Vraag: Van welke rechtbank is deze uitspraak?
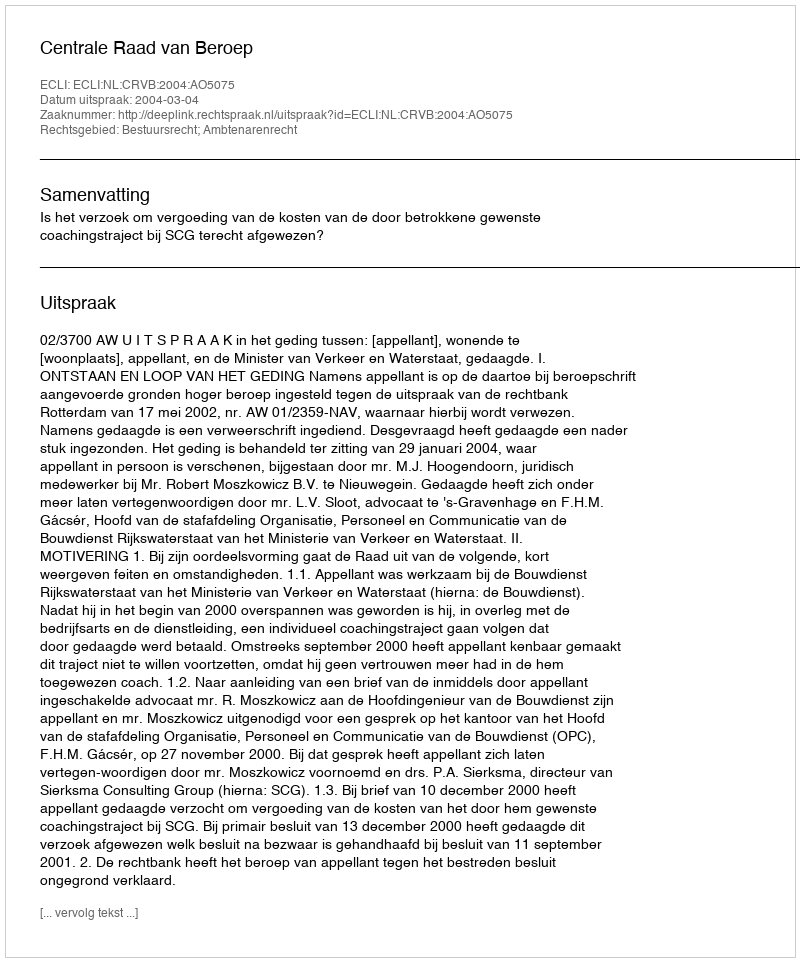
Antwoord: Centrale Raad van Beroep